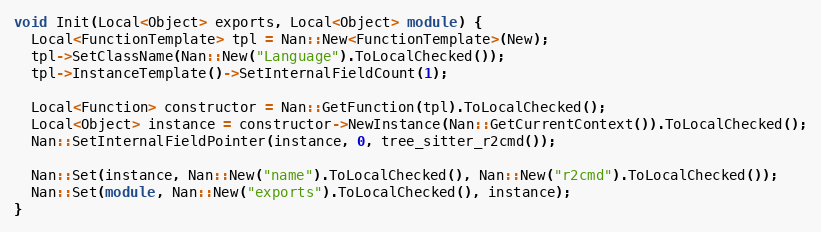
Language: C++
void Init(Local<Object> exports, Local<Object> module) {
  Local<FunctionTemplate> tpl = Nan::New<FunctionTemplate>(New);
  tpl->SetClassName(Nan::New("Language").ToLocalChecked());
  tpl->InstanceTemplate()->SetInternalFieldCount(1);

  Local<Function> constructor = Nan::GetFunction(tpl).ToLocalChecked();
  Local<Object> instance = constructor->NewInstance(Nan::GetCurrentContext()).ToLocalChecked();
  Nan::SetInternalFieldPointer(instance, 0, tree_sitter_r2cmd());

  Nan::Set(instance, Nan::New("name").ToLocalChecked(), Nan::New("r2cmd").ToLocalChecked());
  Nan::Set(module, Nan::New("exports").ToLocalChecked(), instance);
}